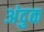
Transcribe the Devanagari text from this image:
अंदुक